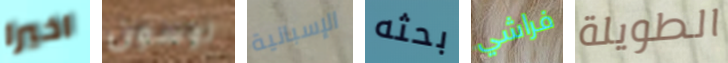
اخيرا توسون الإسبانية بحثه فراشي الطويلة